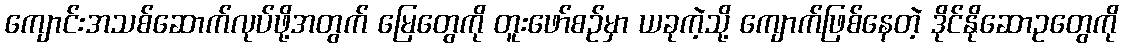
ကျောင်းအသစ်ဆောက်လုပ်ဖို့အတွက် မြေတွေကို တူးဖော်စဉ်မှာ ယခုကဲ့သို့ ကျောက်ဖြစ်နေတဲ့ ဒိုင်နိုဆောဥတွေကို